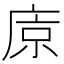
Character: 𢈴